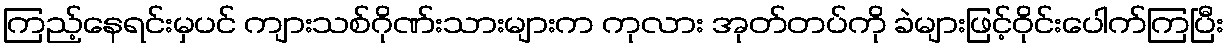
ကြည့်နေရင်းမှပင် ကျားသစ်ဂိုဏ်းသားများက ကုလား အုတ်တပ်ကို ခဲများဖြင့်ဝိုင်းပေါက်ကြပြီး